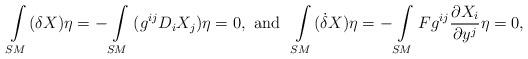
LaTeX: \begin{align*}&\int\limits_{SM} ( \delta X)\eta = - \int\limits_{SM} {({g^{ij}}} {D_i}{X_j})\eta = 0,\ \textrm{and}&\int\limits_{SM} ( \dot \delta X)\eta = - \int\limits_{SM} {F{g^{ij}}} \frac{{\partial {X_i}}}{{\partial {y^j}}}\eta = 0,\end{align*}